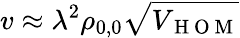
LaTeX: v\approx\lambda^{2}\rho_{0,0}\sqrt{V_{\mathrm{~H~O~M~}}}